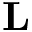
\mathbf { L }